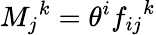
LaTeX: {M_{j}}^{k}=\theta^{i}{f_{ij}}^{k}